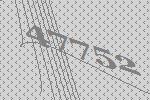
47752